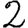
Digit: 2